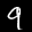
Label: 9